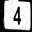
Digit: 4